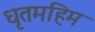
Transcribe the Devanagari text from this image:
धृतमहिम